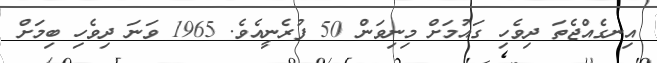
އިނގެއްޖެތަ ދިވެހި ގައުމަށް މިނިވަން 50 ފުރެނީއެވެ. 1965 ވަނަ ދިވެހި ބިމަށް